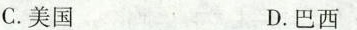
C. 美国 D. 巴西